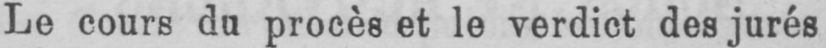
Le cours du procès et le verdict des jurés